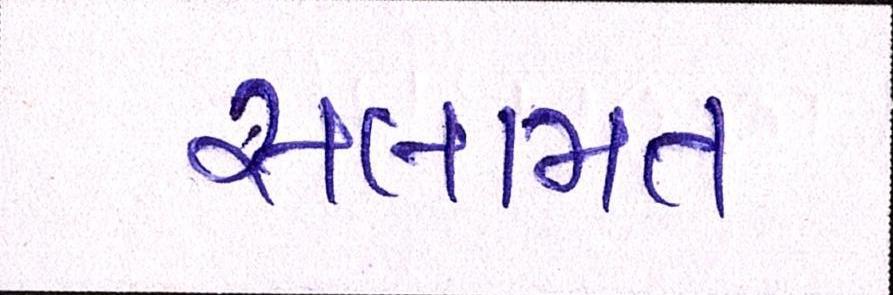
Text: સલામત